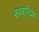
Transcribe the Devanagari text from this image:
सर्वात्तम